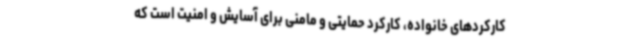
کارکردهای خانواده، کارکرد حمایتی و مامنی برای آسایش و امنیت است که